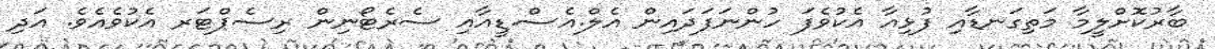
ބާރުކޮށްލީމާ މަތިގަނޑާއި ފުޅިއާ އެކުވެފަ ހުންނަފަދައިން އެލް.އެސް.ޑީއާއި ސެރެޓޯނިން ރިސެޕްޓަރ އެކުވެއެވެ. އަދި